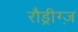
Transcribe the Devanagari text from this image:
रौड्रीग्ज़